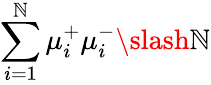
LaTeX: \sum_{i=1}^{\mathbb{N}}\mu_{i}^{+}\mu_{i}^{-}\slash\mathbb{N}